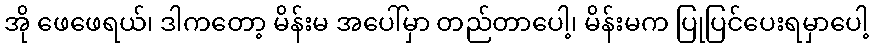
အို ဖေဖေရယ်၊ ဒါကတော့ မိန်းမ အပေါ်မှာ တည်တာပေါ့၊ မိန်းမက ပြုပြင်ပေးရမှာပေါ့